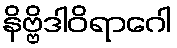
နိဗ္ဗိဒါဝိရာဂေါ